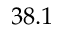
3 8 . 1